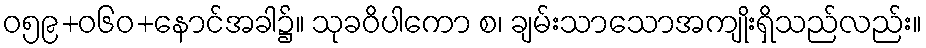
ဝ၅၉+၀၆ဝ+နောင်အခါ၌။ သုခဝိပါကော စ၊ ချမ်းသာသောအကျိုးရှိသည်လည်း။